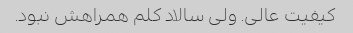
کیفیت عالی. ولی سالاد کلم همراهش نبود.